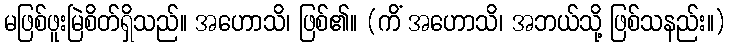
မဖြစ်ဖူးမြဲစိတ်ရှိသည်။ အဟောသိ၊ ဖြစ်၏။ (ကိံ အဟောသိ၊ အဘယ်သို့ ဖြစ်သနည်း။)